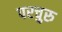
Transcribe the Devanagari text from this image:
परचुरु